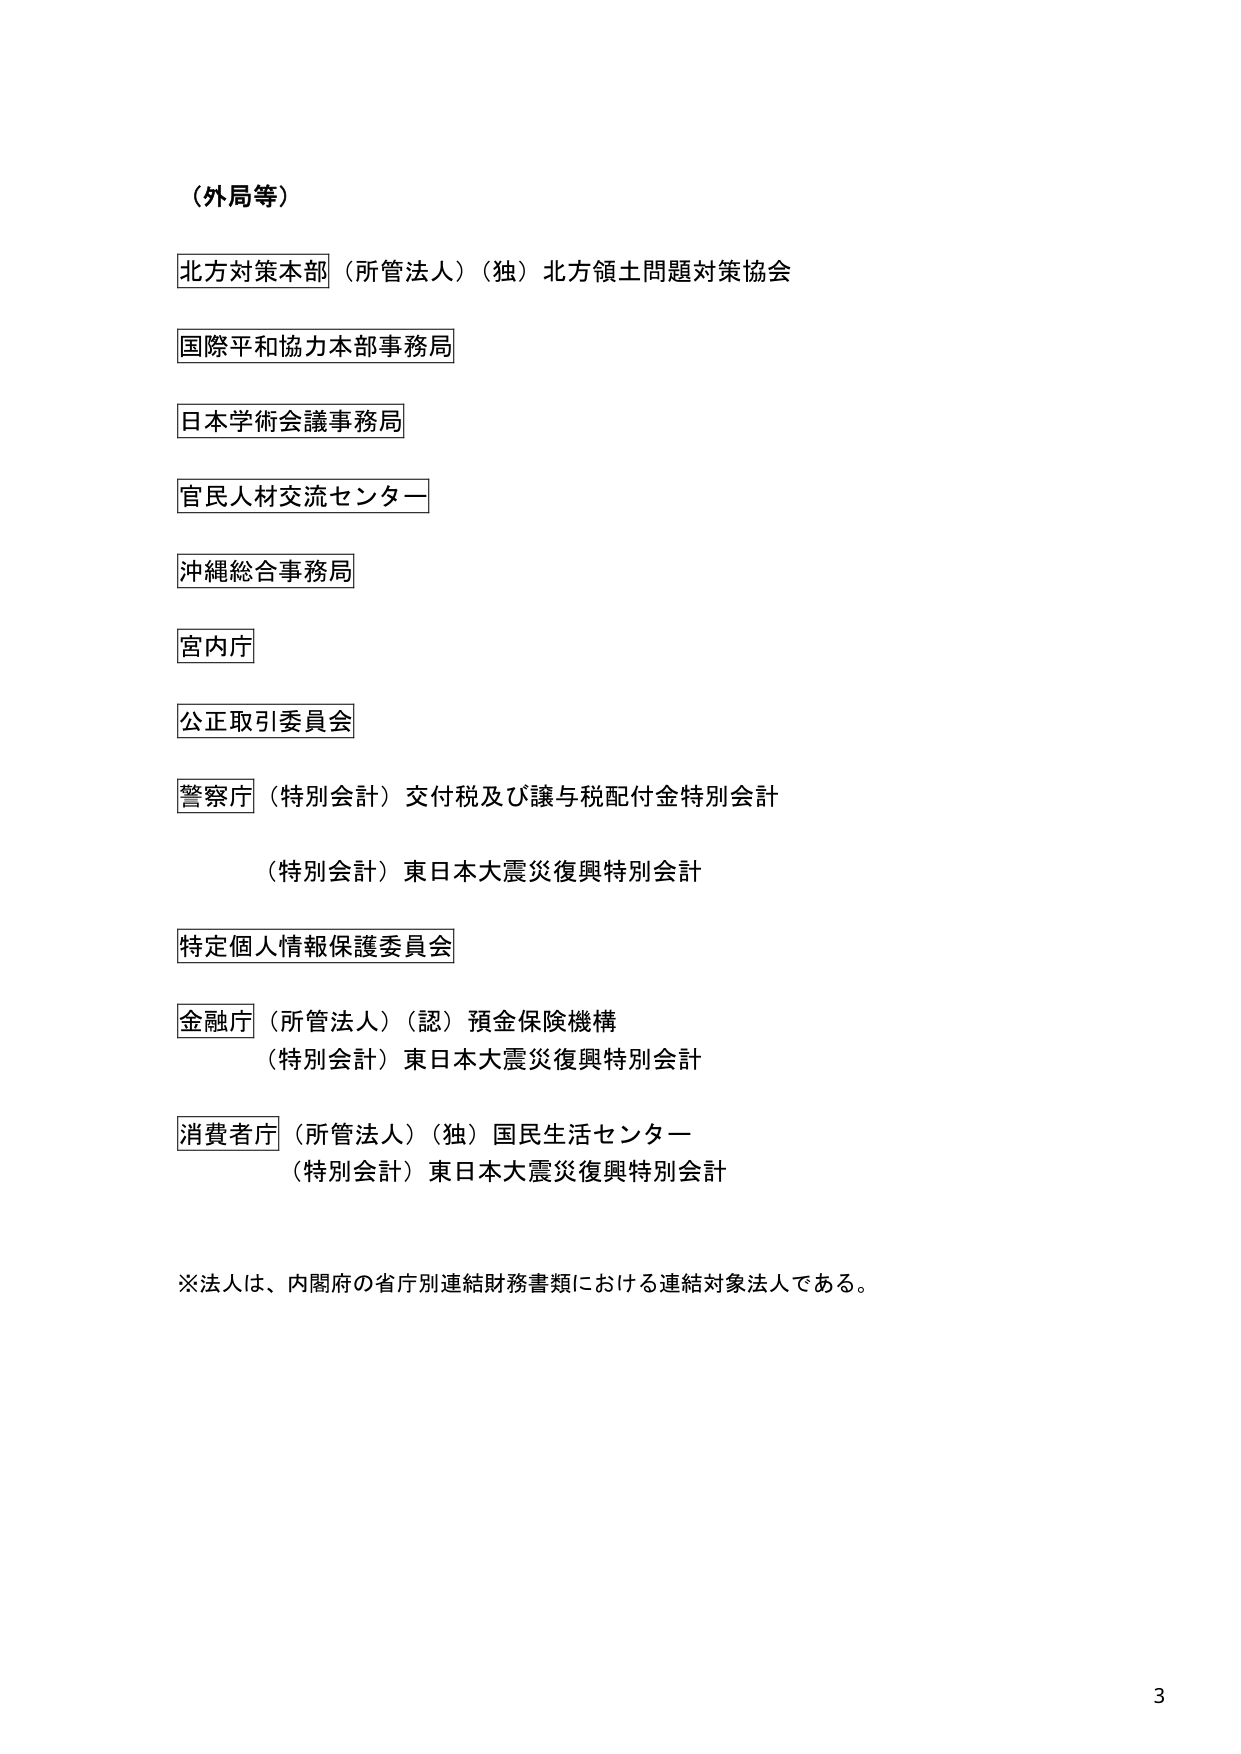
（外局等）

北方対策本部（所管法人）（独）北方領土問題対策協会

国際平和協力本部事務局

日本学術会議事務局

官民人材交流センター

沖縄総合事務局

宮内庁

公正取引委員会

警察庁（特別会計）交付税及び譲与税配付金特別会計

（特別会計）東日本大震災復興特別会計

特定個人情報保護委員会

金融庁（所管法人）（認）預金保険機構

（特別会計）東日本大震災復興特別会計

消費者庁（所管法人）（独）国民生活センター

（特別会計）東日本大震災復興特別会計

※法人は、内閣府の省庁別連結財務書類における連結対象法人である。

3